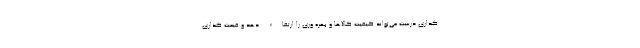
گذاری درست می‌تواند کیفیت کالاها و بهره وری را ارتقاء دهد و قیمت گذاری